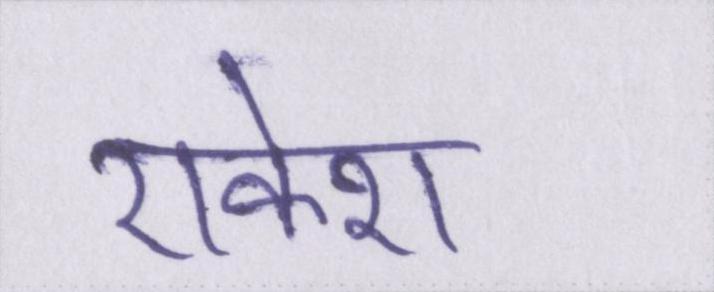
राकेश